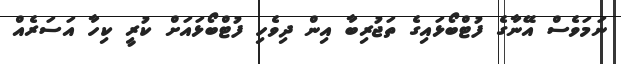
ނަމަވެސް އޭނާގެ ފުޓްބޯޅައިގެ ތަޖުރިބާ އިން ދިވެހި ފުޓްބޯޅައަށް ކުރީ ކިހާ އަސަރެއް